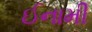
ઈનામી